Lunatic asylums Central Provinces reports 1910-1926 - 1910-1926
Year: 1910
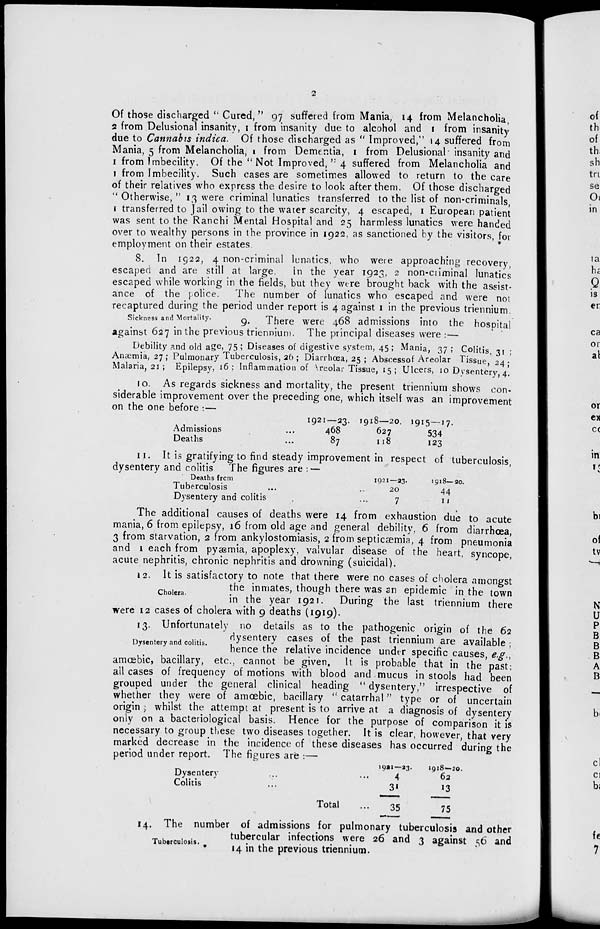
2
Of those discharged " Cured," 97 suffered from Mania, 14 from Melancholia,
2 from Delusional insanity, 1 from insanity due to alcohol and 1 from insanity
due to Cannabis indica. Of those discharged as " Improved," 14 suffered from
Mania, 5 from Melancholia, 1 from Dementia, 1 from Delusional insanity and
1 from Imbecility. Of the " Not Improved," 4 suffered from Melancholia and
1 from Imbecility. Such cases are sometimes allowed to return to the care
of their relatives who express the desire to look after them. Of those discharged
" Otherwise, " 13 were criminal lunatics transferred to the list of non-criminals,
1 transferred to Jail owing to the water scarcity, 4 escaped, 1 European patient
was sent to the Ranchi Mental Hospital and 25 harmless lunatics were handed
over to wealthy persons in the province in 1922, as sanctioned by the visitors, for
employment on their estates.
8. In 1922, 4 non-criminal lunatics, who were approaching recovery,
escaped and are still at large. In the year 1923, 2 non-criminal lunatics
escaped while working in the fields, but they were brought back with the assist-
ance of the police. The number of lunatics who escaped and were not
recaptured during the period under report is 4 against 1 in the previous triennium.
Sickness and Mortality.
9.
There were 468 admissions into the hospital
against 627 in the previous triennium. The principal diseases were :—
Debility and old age, 75 ; Diseases of digestive system, 45 ; Mania, 37 ; Colitis, 31 ;
Anæmia, 27 ; Pulmonary Tuberculosis, 26 ; Diarrhœa, 25 ; Abscess of Areolar Tissue, 24 ;
Malaria, 21 ; Epilepsy, 16; Inflammation of Areolar Tissue, 15; Ulcers, 10 Dysentery, 4.
10. As regards sickness and mortality, the present triennium shows con-
siderable improvement over the preceding one, which itself was an improvement
on the one before :—
Admissions ...
Deaths ...
1921—23.
468
87
1918—20.
627
118
1915—17.
534
123
11. It is gratifying to find steady improvement in respect of tuberculosis,
dysentery and colitis The figures are : —
Deaths from
Tuberculosis ...
Dysentery and colitis ...
1921—23.
20
7
1918— 20.
44
11
The additional causes of deaths were 14 from exhaustion due to acute
mania, 6 from epilepsy, 16 from old age and general debility, 6 from diarrhœa
3 from starvation, 2 from ankylostomiasis, 2 from septicæmia, 4 from pneumonia
and 1 each from pyæmia, apoplexy, valvular disease of the heart, syncope,
acute nephritis, chronic nephritis and drowning (suicidal).
Cholera.
12. It is satisfactory to note that there were no cases of cholera amongst
the inmates, though there was an epidemic in the town
in the year 1921. During the last triennium there
were 12 cases of cholera with 9 deaths (1919).
Dysentery and colitis.
13. Unfortunately no details as to the pathogenic origin of the 62
dysentery cases of the past triennium are available ;
hence the relative incidence under specific causes, e.g.,
amœbic, bacillary, etc., cannot be given. It is probable that in the past:
all cases of frequency of motions with blood and mucus in stools had been
grouped under the general clinical heading "dysentery," irrespective of
whether they were of amœbic, bacillary " catarrhal" type or of uncertain
origin ; whilst the attempt at present is to arrive at a diagnosis of dysentery
only on a bacteriological basis. Hence for the purpose of comparison it is
necessary to group these two diseases together. It is clear, however, that very
marked decrease in the incidence of these diseases has occurred during the
period under report. The figures are :—
Dysentery ... ...
Colitis ... ...
Total ...
1921—23.
4
31
35
1918—20.
62
13
75
Tuberculosis.
14. The number of admissions for pulmonary tuberculosis and other
tubercular infections were 26 and 3 against 56 and
14 in the previous triennium.